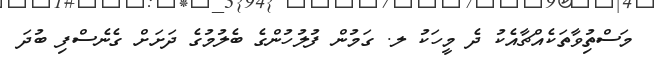
މަސްތިުވާތަކެއްޗާއެކު ދެ މީހަކު ލ. ގަމުން ފުލުހުންގެ ބެލުމުގެ ދަށަށް ގެނެސްފި ބުދަ